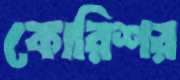
কোরিশর